Report of the Municipal Commissioner on the plague in Bombay for the year ending 31st May... - Volume 2
Disease focus: Plague
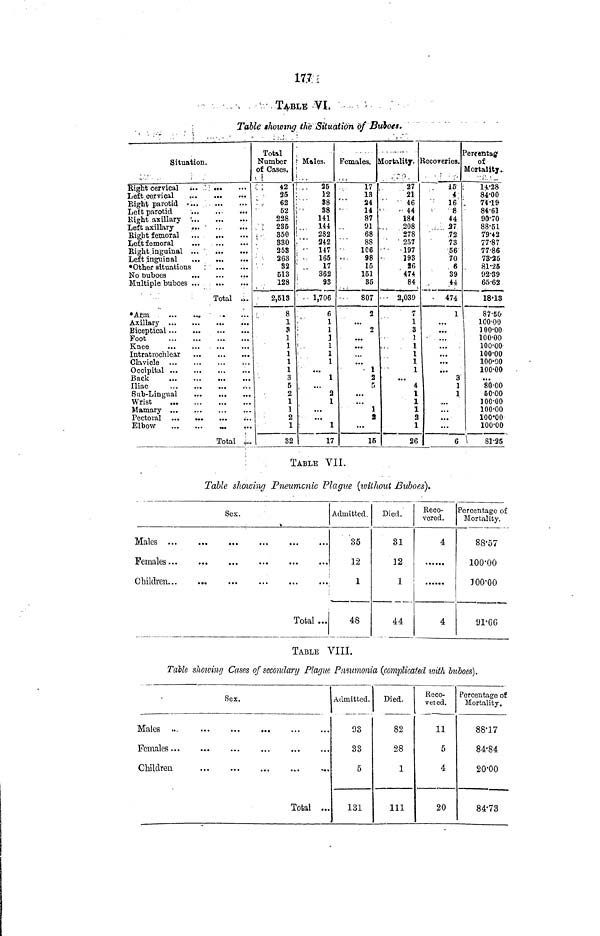
iWi:
, .
TA-BLE VI.
Table thawing the Situation of Buboes.
Situation.
Bight cervical ;. .' . : ...
Left cervical
,.
...
«..
Eight parotid • ..
-
Lett parotid
Right axillary '.
Left axillary
Right femoral
Left femoral
.
Right inguinal .
..
Left inguinal
<
*0ther situations : '
No buboes
...
Multiple buboes
' " •
•
Total ...
Intratrochlear
Clavicle ...
...
...
Bnck
Sub-Lingual
...
Wrist
Elbow
...
...
Total j..
Total
Number
of Cases.
, ;
: ; : 42
25
62
52
228
:-
285
350
330
258
263
82
513
128
2,513
8
1
5
1
1
1
1
1
3
5
2
1
1
2
1
32
f Males.
i
i
,. 25
12
'•'
88
88
141
144
282
'" 242
" 147
165
' .
17
362
93
• • 1,706
6
1
:
1
:
3
i .
i
i
i
i
2
1
:
1
17
Females.
17
13
24
14
87
91
68
88
1C6
98
15
151
35
807
2
2
1
2
5
1
t
15
Mortality. ]
27
21
" '46
" 44
184
208
278
' ' 257
" -197
193
36
474
84
• ' 2,039
7
1
3
1
1
1
1
1
4
I
1
1
2
1
26
Recoveries.
iff
4
16
' 8
44
..... 37
.72
73
56
70
. 6
39
44
- 474
1
...
...
3
1
1
...
6
Percentage
of
Mortality..
H-28
84-00
7419
84-61
90-70
88-51
79-42
77-87
77-86
73-25
81-26
92-39
65-62
18-13
87-50
100-00
100-00
100-00
100-00
100-00
100-00
100-00
80-00
50-00
100-00
100-00
100-00
100-00
\
81-25
:
TABLE VII.
Table showing Pneumonic Plague (without JBuboes).
Sex.
»
Males
Females
Children
...
Total ...
Admitted.
35
12
1
48
Died.
31
12
1
44
Reco-
vered.
4
4
Percentage of
Mortality.
88-57
100-00
100-00
91-66
TABLE VIII.
Talk slioiving Cases of secondary Plague Pmumonia (complicated loith buboes}.
Sex.
Males ...
Females
Children
Total ...
Admitted.
93
33
5
131
Died.
82
28
1
111
lleco-
veied.
11
5
4
20
Percentage of
Mortality.
88-17
84-84
20-00
84-73